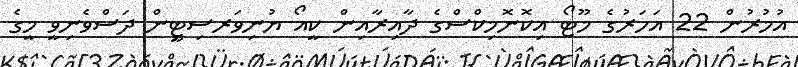
އުމުރުން 22 އަހަރުގެ މޫޓޯ އިކޮނޮމިކްސްގެ ދާއިރާއިން ކީއޯ ޔުނިވަރސިޓީން ދަސްވެނިވީ މީގެ